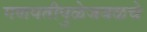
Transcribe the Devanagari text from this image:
गणपतीपुळेजवळचे